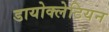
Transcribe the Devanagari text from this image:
डायोक्लेटियन